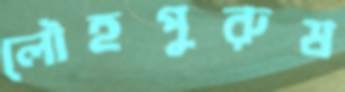
লৌহপুরুষ